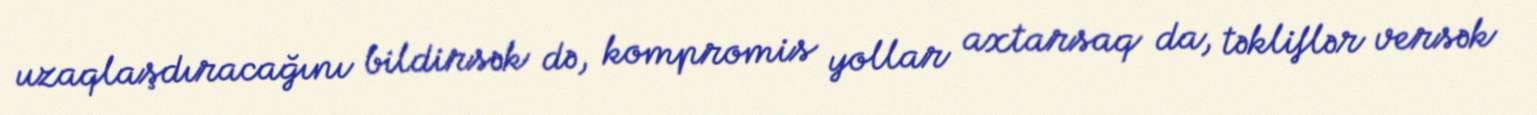
uzaqlaşdıracağını bildirsək də, kompromis yollar axtarsaq da, təkliflər versək